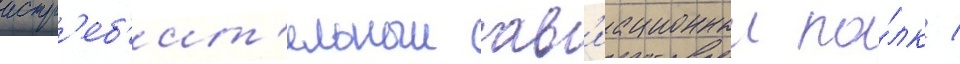
истр'еб'ит'ельныи ав'иационныи по́лк /